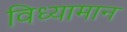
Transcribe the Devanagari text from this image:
विध्यामान